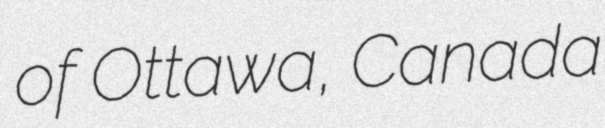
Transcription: of Ottawa, Canada